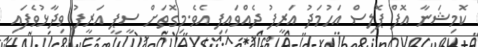
ކޮމިޝަނާ އޮފް ޕޮލިސް އަހުމަދު އަރީފު ދެއްވައިފި އެވެ.މިގޮތަށް ސީޕީ އަރީފު ވިދާޅުވެފައި